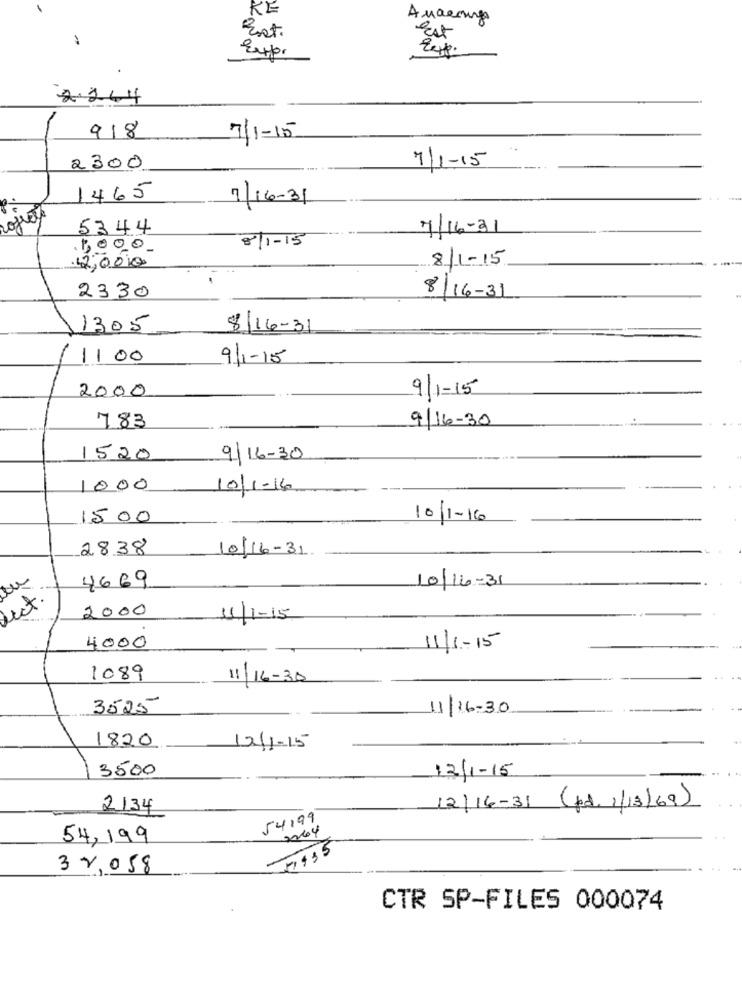
KE
Est
Expor
2.264
918
7/1-15
7/1-15
2300
1465
7/16-31
5344
7/16-31
8/1-15
1,000
8/1-15
2,000
2330
8/16-31
1305
8/16-31
1100
9/1-15
2000
9/1-15
9/16-30
783
1520
9/16-30
1000
10/1-16
1500
10/1 -16
2838
10/16-31
4669
10/16-31
Lect
2000
11/1-15
4000
11/1-15
1089
11/16-30
3525
11/16:30
1820
12/1-15
3500
12/1-15
2134
12/16-31 (pd. 1/13/69)
54199
2064
54, 199
32058
CTR SP-FILES 000074